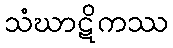
သံဃာဋိကဿ